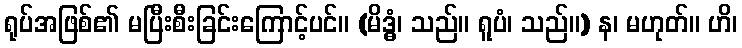
ရုပ်အဖြစ်၏ မပြီးစီးခြင်းကြောင့်ပင်။ (မိဒ္ဓံ၊ သည်။ ရူပံ၊ သည်။) န၊ မဟုတ်။ ဟိ၊